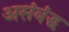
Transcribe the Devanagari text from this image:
असंबंद्ध